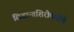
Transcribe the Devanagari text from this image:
सिद्धान्तशिरोमणीचे